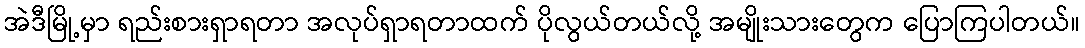
အဲဒီမြို့မှာ ရည်းစားရှာရတာ အလုပ်ရှာရတာထက် ပိုလွယ်တယ်လို့ အမျိုးသားတွေက ပြောကြပါတယ်။